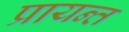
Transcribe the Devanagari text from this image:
प्रायन्त